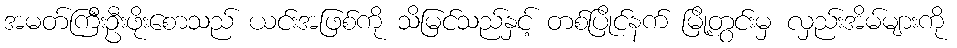
အမတ်ကြီးဦးဖိုးစောသည် ယင်းအဖြစ်ကို သိမြင်သည်နှင့် တစ်ပြိုင်နက် မြို့တွင်းမှ လှည်းအိမ်များကို